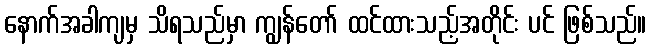
နောက်အခါကျမှ သိရသည်မှာ ကျွန်တော် ထင်ထားသည့်အတိုင်း ပင် ဖြစ်သည်။